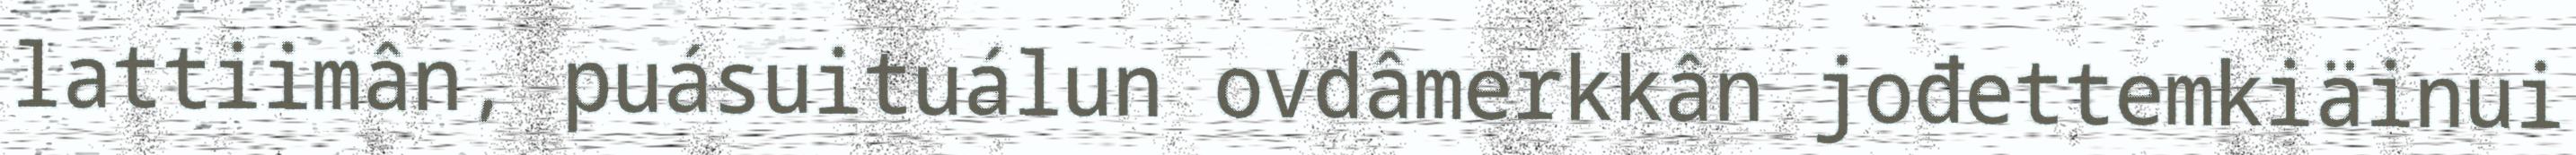
lattiimân, puásuituálun ovdâmerkkân jođettemkiäinui